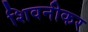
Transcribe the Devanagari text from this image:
शिवनीकर